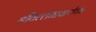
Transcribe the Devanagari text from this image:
श्रीवल्लभाचार्यका